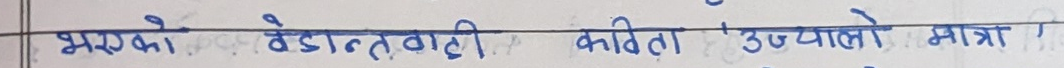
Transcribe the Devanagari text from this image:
भएको बेडा त बाटी कविता 'उच्यालो' मात्रा ।